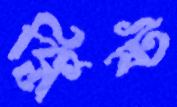
ক্লিষ্ট